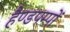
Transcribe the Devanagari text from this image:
हैण्डपम्पों